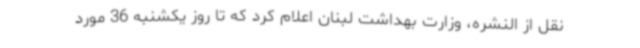
نقل از النشره، وزارت بهداشت لبنان اعلام کرد که تا روز یکشنبه 36 مورد